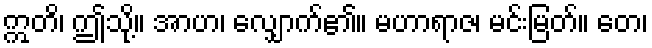
ဣတိ၊ ဤသို့။ အာဟ၊ လျှောက်၏။ မဟာရာဇ၊ မင်းမြတ်။ တေ၊